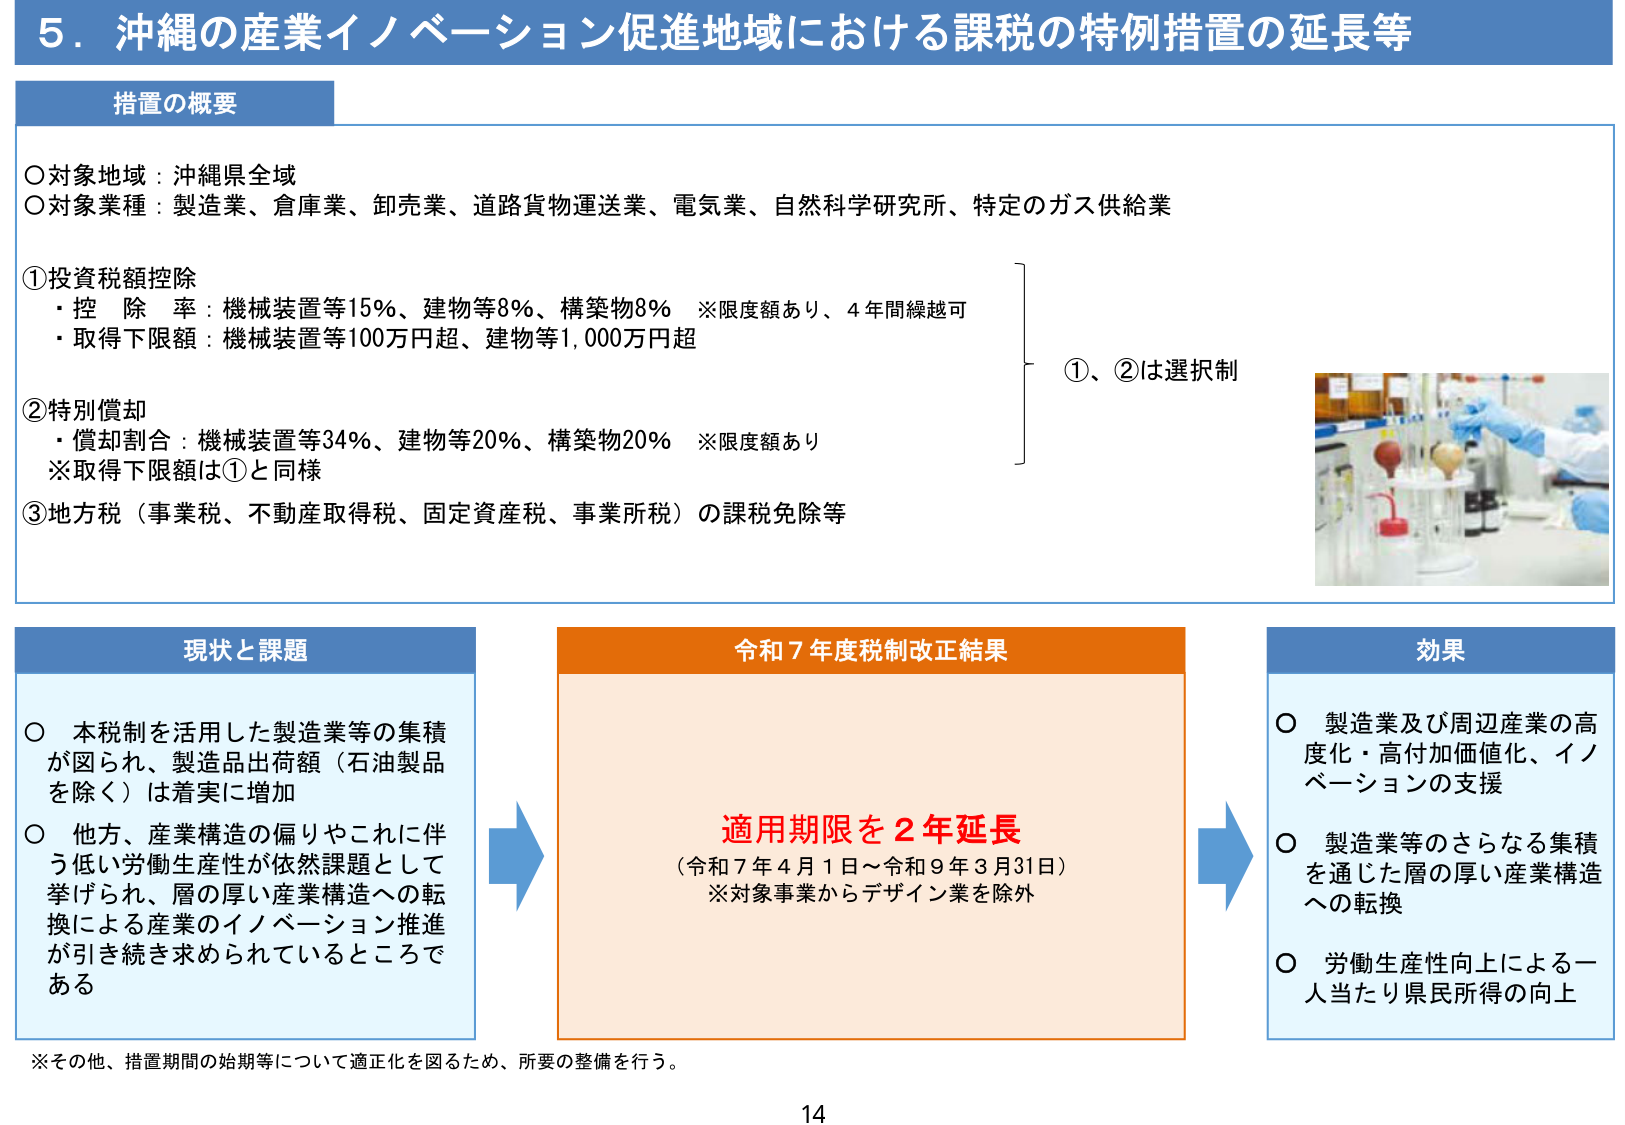
5．沖縄の産業イノベーション促進地域における課税の特例措置の延長等

措置の概要

○対象地域：沖縄県全域
○対象業種：製造業、倉庫業、卸売業、道路貨物運送業、電気業、自然科学研究所、特定のガス供給業

①投資税額控除
・控除率：機械装置等15％、建物等8％、構築物8％　※限度額あり、4年間繰越可
・取得下限額：機械装置等100万円超、建物等1,000万円超

②特別償却
・償却割合：機械装置等34％、建物等20％、構築物20％　※限度額あり
※取得下限額は①と同様

③地方税（事業税、不動産取得税、固定資産税、事業所税）の課税免除等

①、②は選択制

現状と課題

○本税制を活用した製造業等の集積が図られ、製造品出荷額（石油製品を除く）は着実に増加
○他方、産業構造の偏りやこれに伴う低い労働生産性が依然課題として挙げられ、層の厚い産業構造への転換による産業のイノベーション推進が引き続き求められているところであります

令和7年度税制改正結果

適用期限を2年延長
（令和7年4月1日～令和9年3月31日）
※対象事業からデザイン業を除外

効果

○製造業及び周辺産業の高度化・高付加価値化、イノベーションの支援
○製造業等のさらなる集積を通じた層の厚い産業構造への転換
○労働生産性向上による一人当たり県民所得の向上

※その他、措置期間の始期等について適正化を図るため、所要の整備を行う。

14